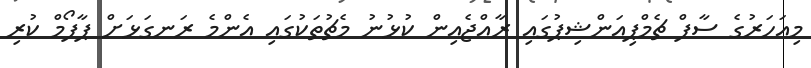
މިއަހަރުގެ ސާފް ޗެމްޕިއަންޝިޕުގައި ރާއްޖެއިން ކުޅުނު މެޗުތަކުގައި އެންމެ ރަނގަޅަށް ޕާފޯމް ކުރި